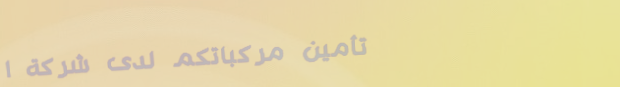
تأمين مركباتكم لدى شركة ا